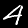
Label: 4